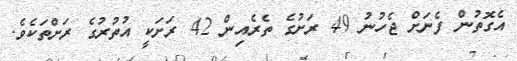
އެގޮތުން ފެނަށް ޖެހުނު 49 ރަށުގެ ތެރެއިން 42 ރަށަކީ އުތުރުގެ ރަށްތަކެވެ.